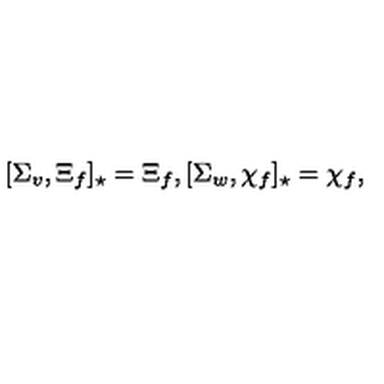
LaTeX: [ \Sigma _ { v } , \Xi _ { f } ] _ { \star } = \Xi _ { f } , [ \Sigma _ { w } , \chi _ { f } ] _ { \star } = \chi _ { f } ,